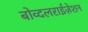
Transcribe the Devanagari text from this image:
बोव्दलराईज़ेशन